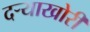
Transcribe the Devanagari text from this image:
दऱ्याखोरी